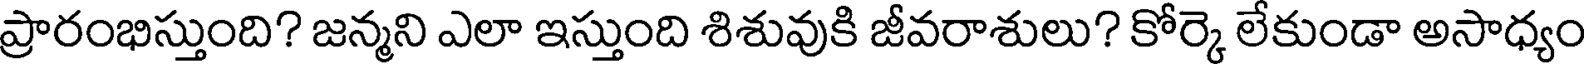
ప్రారంభిస్తుంది? జన్మని ఎలా ఇస్తుంది శిశువుకి జీవరాశులు? కోర్కె లేకుండా అసాధ్యం